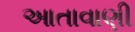
આતાવાણી